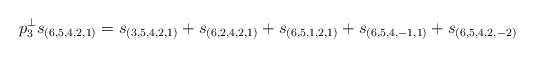
LaTeX: \begin{align*}p^\perp_3 s_{(6,5,4,2,1)} = s_{(3,5,4,2,1)}+s_{(6,2,4,2,1)}+s_{(6,5,1,2,1)}+s_{(6,5,4,-1,1)}+s_{(6,5,4,2,-2)}\end{align*}